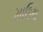
માઉથ